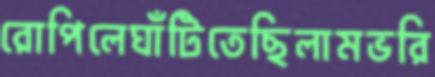
রোপিলেঘাঁটিতেছিলামভরি